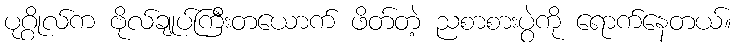
ပုဂ္ဂိုလ်က ဗိုလ်ချုပ်ကြီးတယောက် ဖိတ်တဲ့ ညစာစားပွဲကို ရောက်နေတယ်။